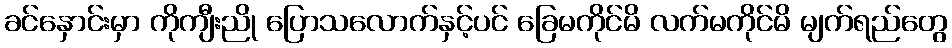
ခင်နှောင်းမှာ ကိုကျီးညို ပြောသလောက်နှင့်ပင် ခြေမကိုင်မိ လက်မကိုင်မိ မျက်ရည်တွေ